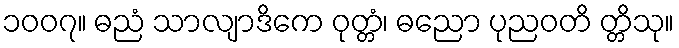
၁၀၀၇။ ဓညံ သာလျာဒိကေ ဝုတ္တံ၊ ဓညော ပုညဝတိ တ္တိသု။